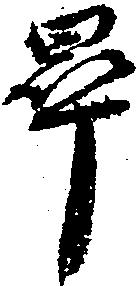
畢